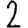
Digit: 2